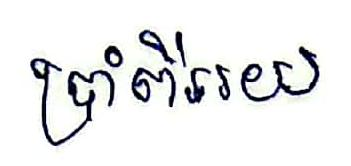
ប្រាំពីររយ